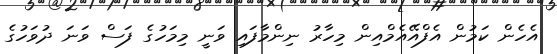
އެހެން ކަމުން އެފްއޭއެމްއިން މިހާރު ނިންމާފައި ވަނީ މިމަހުގެ ފަސް ވަނަ ދުވަހުގެ